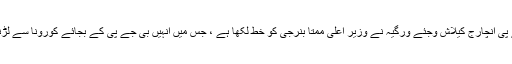
مغربی بنگال بی جے پی انچارج کیلاش وجئے ورگیہ نے وزیر اعلی ممتا بنرجی کو خط لکھا ہے ، جس میں انہیں بی جے پی کے بجائے کورونا سے لڑنے کا مشورہ دیا ہے۔